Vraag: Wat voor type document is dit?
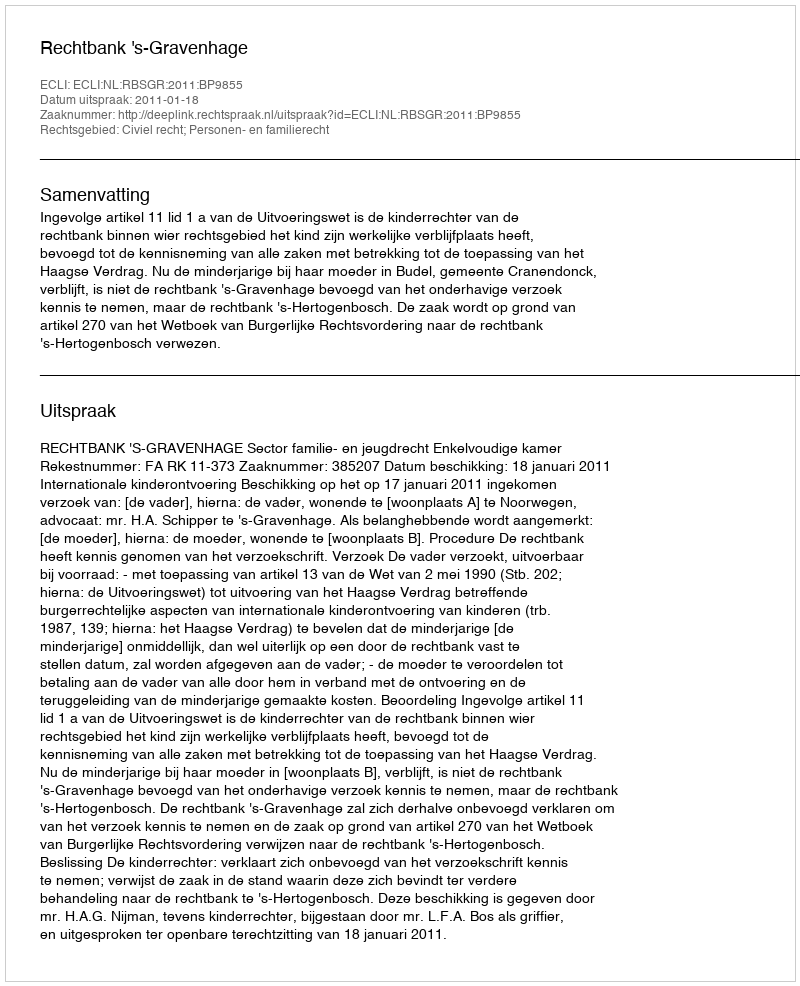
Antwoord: Uitspraak